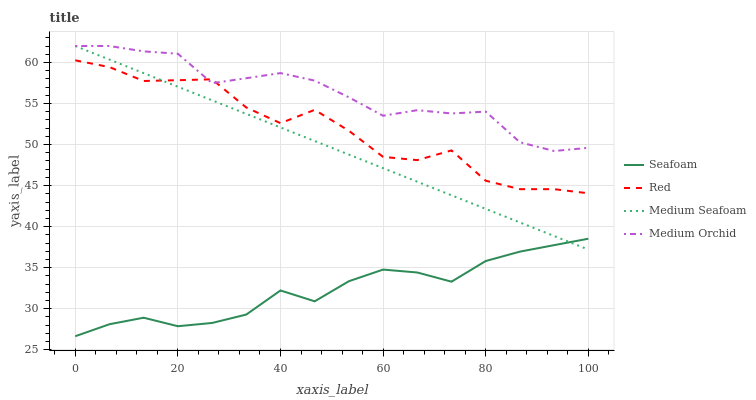
| xaxis_label | Seafoam | Red | Medium Seafoam | Medium Orchid |
 | --- | --- | --- | --- | --- |
 | 0 | 26.7 | 60.3 | 62 | 62 |
 | 6.67 | 28.1 | 59.4 | 60.3 | 62 |
 | 13.3 | 28.9 | 57.7 | 58.7 | 61.3 |
 | 20 | 27.9 | 57.8 | 57 | 61.1 |
 | 26.7 | 28.3 | 57.9 | 55.4 | 57.5 |
 | 33.3 | 29.3 | 54.5 | 53.7 | 58.1 |
 | 40 | 32.2 | 52.6 | 52.1 | 58.7 |
 | 46.7 | 30.9 | 54.2 | 50.4 | 57.8 |
 | 53.3 | 33.4 | 51.7 | 48.8 | 55.7 |
 | 60 | 34.8 | 48.5 | 47.1 | 53.5 |
 | 66.7 | 34.4 | 48.1 | 45.5 | 54.2 |
 | 73.3 | 33.3 | 49.3 | 43.8 | 53.8 |
 | 80 | 35.8 | 45.6 | 42.2 | 54 |
 | 86.7 | 37 | 44.6 | 40.5 | 50.3 |
 | 93.3 | 37.7 | 44.6 | 38.9 | 49.2 |
 | 100 | 38.5 | 44.1 | 37.2 | 49.6 |